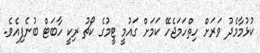
ކުޅުމާމެދު ވަރަށް ހިތްހަމަޖެހޭ ކަމަށް ގައުމީ ޓީމުގެ ކޯޗު ރިކީ ހާބަޓް ބުނެފިއެވެ.